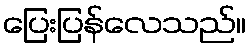
ပြေးပြန်လေသည်။